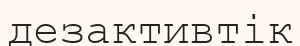
дезактивтік